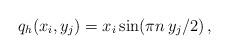
LaTeX: \begin{align*}q_h(x_i,y_j)=x_i\sin (\pi n\, y_j/2)\,,\end{align*}